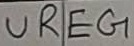
Text: UREG